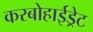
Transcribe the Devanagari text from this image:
करबोहाईड्रेट